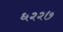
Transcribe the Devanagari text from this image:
६२२७